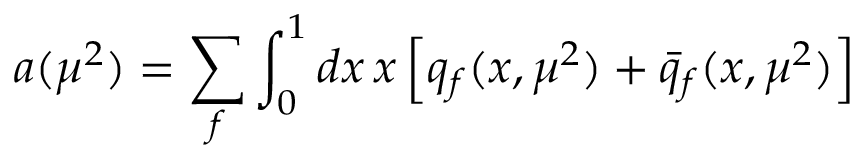
a ( \mu ^ { 2 } ) = \sum _ { f } \int _ { 0 } ^ { 1 } d x \, x \left[ q _ { f } ( x , \mu ^ { 2 } ) + \bar { q } _ { f } ( x , \mu ^ { 2 } ) \right]